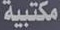
مكتبية